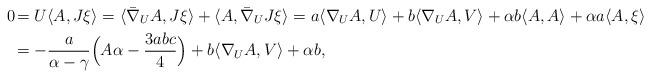
LaTeX: \begin{align*}0\!&=U\langle A,J\xi\rangle=\langle\bar{\nabla}_U A,J\xi\rangle+\langle A,\bar{\nabla}_U J\xi\rangle=a\langle\nabla_U A,U\rangle+b\langle\nabla_U A,V\rangle+\alpha b\langle A,A\rangle+\alpha a\langle A,\xi\rangle\\&=-\frac{a}{\alpha-\gamma}\Bigl(A\alpha-\frac{3abc}{4}\Bigr)+b\langle\nabla_U A,V\rangle+\alpha b,\end{align*}